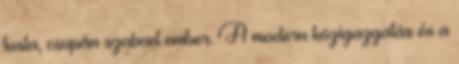
lusta, csupán szabad ember. A modern közigazgatás és a